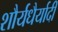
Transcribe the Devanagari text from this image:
शौर्यधैर्यादी